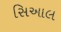
સિઆલ